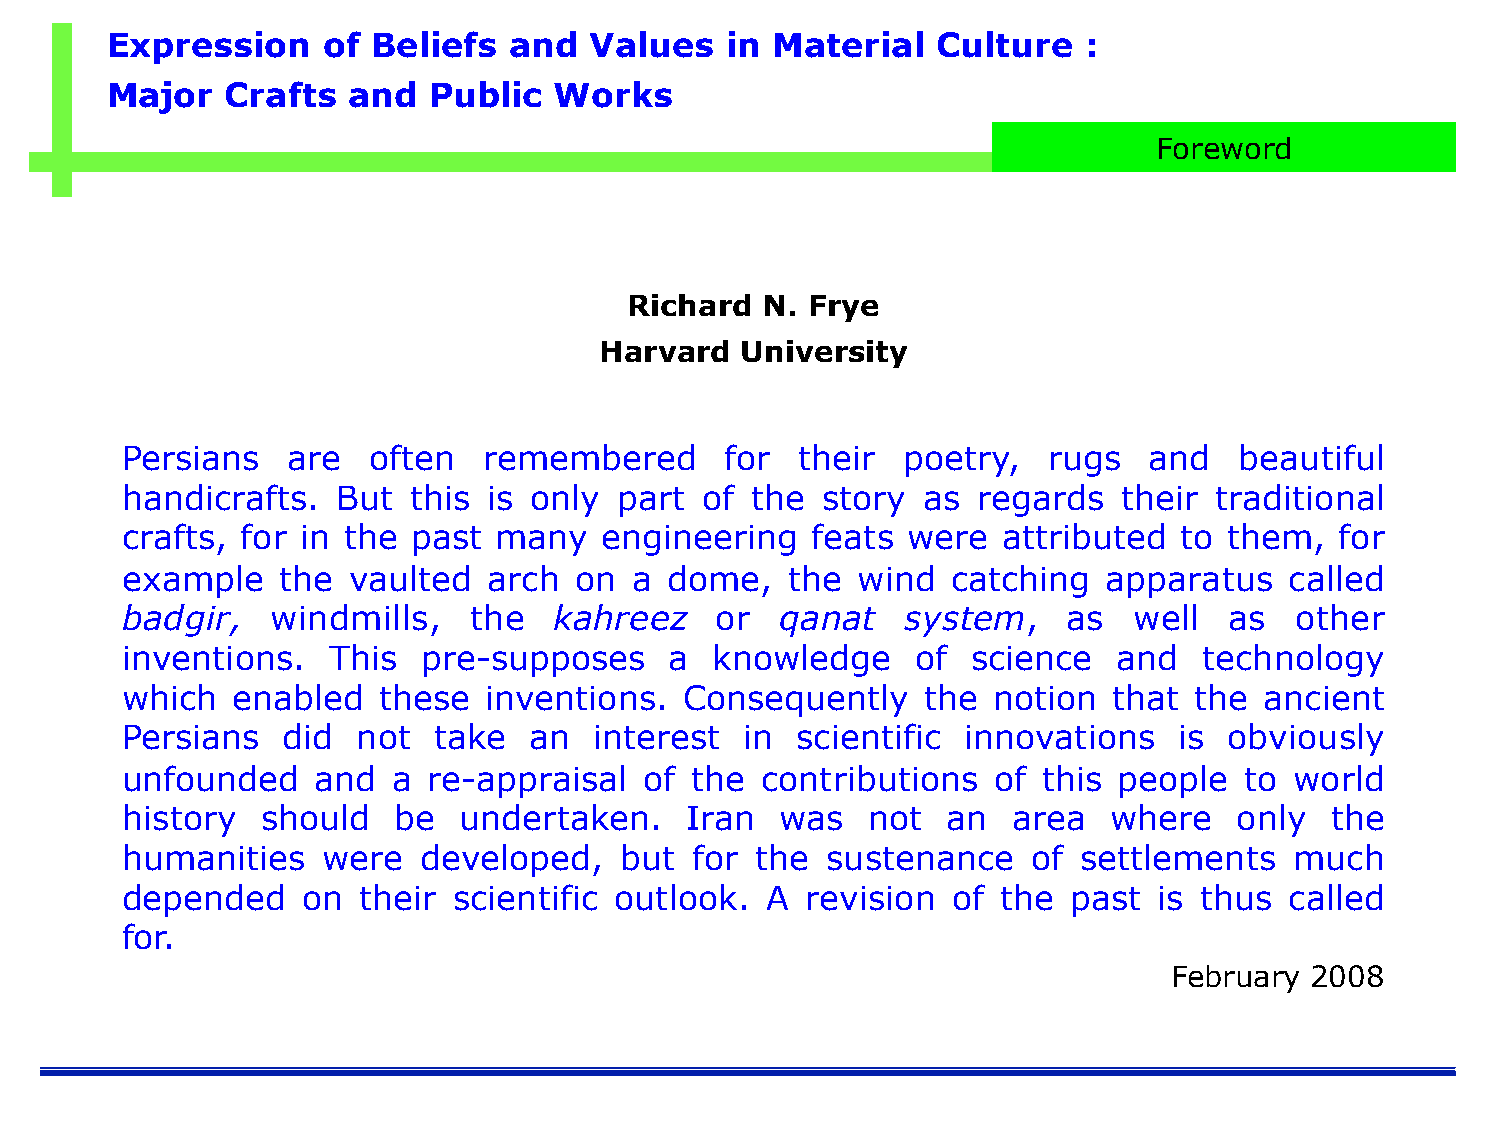
Expression    of  Beliefs  and  Values   in Material   Culture   :
 Major   Crafts  and  Public   Works
 Foreword
 Richard N. Frye
 Harvard  University
 Persians   are  often   remembered      for  their  poetry,  rugs   and   beautiful
 handicrafts.  But  this is only  part  of the story  as  regards  their traditional
 crafts, for in the past  many   engineering   feats were  attributed  to them,   for
 example   the  vaulted  arch  on  a dome,   the  wind  catching  apparatus   called
 badgir,   windmills,   the   kahreez   or   qanat   system,    as  well  as   other
 inventions.   This  pre-supposes    a  knowledge     of science   and   technology
 which  enabled   these  inventions.  Consequently    the  notion  that the  ancient
 Persians   did  not  take  an  interest  in  scientific innovations   is obviously
 unfounded    and  a re-appraisal   of the contributions   of this people  to  world
 history  should   be  undertaken.    Iran   was  not   an  area  where    only  the
 humanities   were   developed,   but  for the  sustenance   of settlements    much
 depended    on  their scientific outlook.  A revision  of the  past  is thus called
 for.
 February 2008